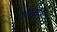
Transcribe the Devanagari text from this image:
फेन्रिसुल्फर